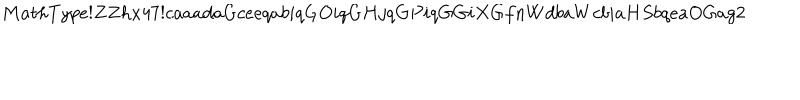
M a t h T y p e ! Z Z h x 4 7 ! c a a a d a G c e e q a b i q G O i q G H j q G P i q G G i X G f n W d b a W c b i a H S b q e a O G a g 2